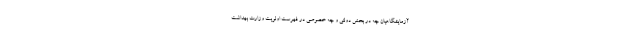
آزمایشگاهیان چه در بخش دولتی و چه خصوصی در فهرست اولویت وزارت بهداشت